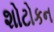
શોટોકન